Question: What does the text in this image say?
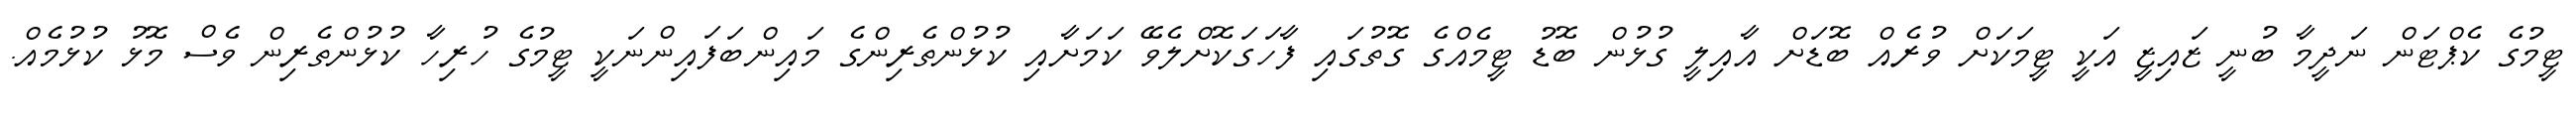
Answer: ޓީމުގެ ކެޕްޓަން ނަދީމާ ބުނީ ޒައިޒީ އަކީ ޓީމަކަށް ވުރެއް ބޮޑަށް އާއިލީ ގުޅުން ބޮޑު ޓީމެއްގެ ގޮތުގައި ފާހަގަކޮށްލެވޭ ކަމަށާއި ކުޅުންތެރިންގެ މައިންބަފައިންނަކީ ޓީމުގެ ހުރިހާ ކުޅުންތެރިން ވެސް މޮޅު ކުޅުމެއް.